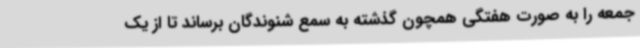
جمعه را به صورت هفتگی همچون گذشته به سمع شنوندگان برساند تا از یک